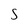
Character: S